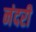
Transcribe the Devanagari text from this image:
नंदरी